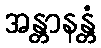
အန္တာနန္တံ